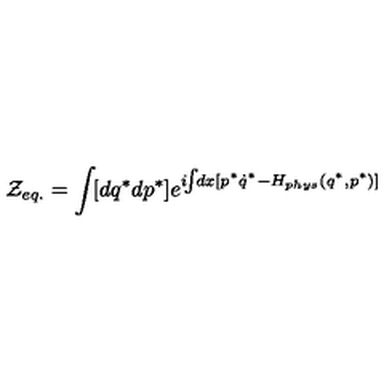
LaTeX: { \cal Z } _ { e q . } = \int \! [ d q ^ { * } d p ^ { * } ] e ^ { i \! \! \int \! \! d x [ p ^ { * } \dot { q } ^ { * } - H _ { p h y s } ( q ^ { * } , p ^ { * } ) ] }